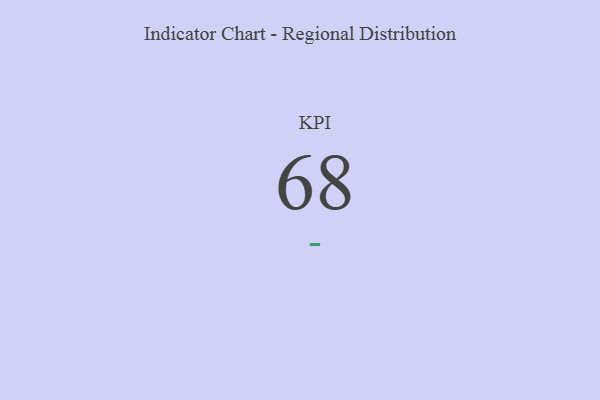
{"axis": {"x": "KPI", "y": "Value"}, "legend": [""], "data": [{"x": "KPI", "y": 68, "type": ""}]}